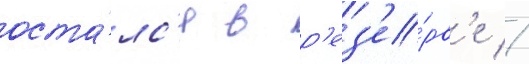
оста́лс'я в р'ез'е́рв'е //